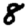
Digit: 8